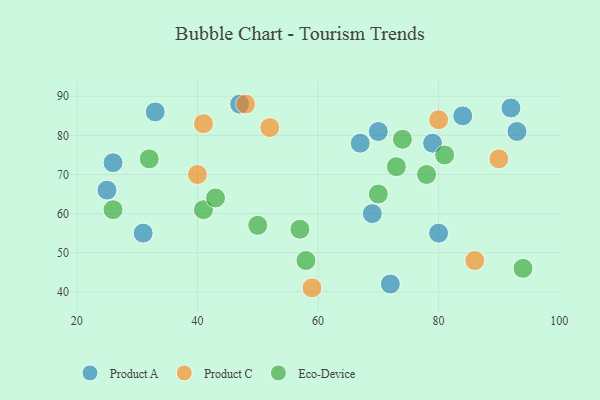
{"axis": {"x": "GDP", "y": "Life Expectancy"}, "legend": ["Eco-Device", "Product A", "Product C"], "data": [{"x": "84", "y": 85, "type": "Product A"}, {"x": "80", "y": 55, "type": "Product A"}, {"x": "70", "y": 81, "type": "Product A"}, {"x": "92", "y": 87, "type": "Product A"}, {"x": "31", "y": 55, "type": "Product A"}, {"x": "79", "y": 78, "type": "Product A"}, {"x": "47", "y": 88, "type": "Product A"}, {"x": "69", "y": 60, "type": "Product A"}, {"x": "67", "y": 78, "type": "Product A"}, {"x": "26", "y": 73, "type": "Product A"}, {"x": "93", "y": 81, "type": "Product A"}, {"x": "33", "y": 86, "type": "Product A"}, {"x": "72", "y": 42, "type": "Product A"}, {"x": "25", "y": 66, "type": "Product A"}, {"x": "40", "y": 70, "type": "Product C"}, {"x": "41", "y": 83, "type": "Product C"}, {"x": "80", "y": 84, "type": "Product C"}, {"x": "48", "y": 88, "type": "Product C"}, {"x": "59", "y": 41, "type": "Product C"}, {"x": "52", "y": 82, "type": "Product C"}, {"x": "90", "y": 74, "type": "Product C"}, {"x": "86", "y": 48, "type": "Product C"}, {"x": "94", "y": 46, "type": "Eco-Device"}, {"x": "74", "y": 79, "type": "Eco-Device"}, {"x": "32", "y": 74, "type": "Eco-Device"}, {"x": "41", "y": 61, "type": "Eco-Device"}, {"x": "70", "y": 65, "type": "Eco-Device"}, {"x": "78", "y": 70, "type": "Eco-Device"}, {"x": "57", "y": 56, "type": "Eco-Device"}, {"x": "73", "y": 72, "type": "Eco-Device"}, {"x": "43", "y": 64, "type": "Eco-Device"}, {"x": "26", "y": 61, "type": "Eco-Device"}, {"x": "50", "y": 57, "type": "Eco-Device"}, {"x": "81", "y": 75, "type": "Eco-Device"}, {"x": "58", "y": 48, "type": "Eco-Device"}]}